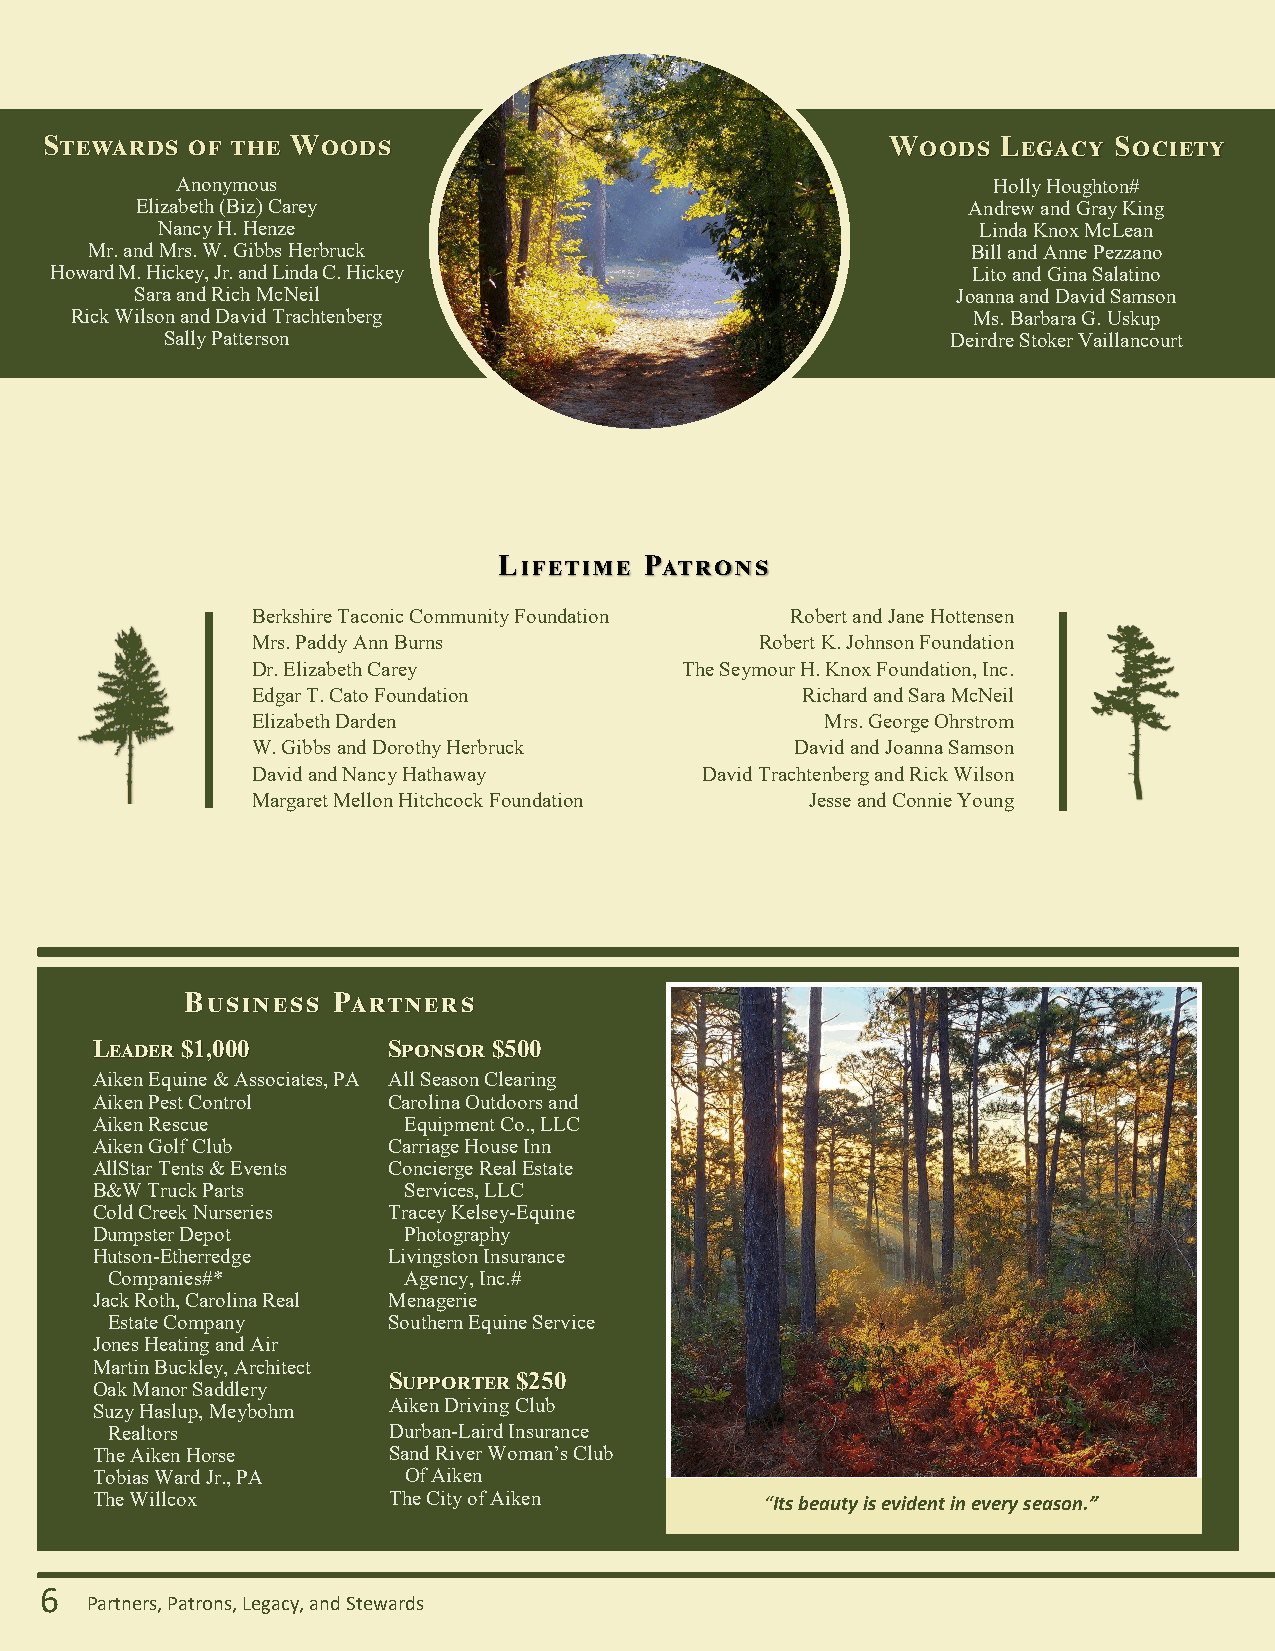
Stewards of the Woods                                   Woods  Legacy  Society
 Anonymous                                             Holly Houghton#
 Elizabeth (Biz) Carey                                  Andrew and Gray King
 Nancy H. Henze                                         Linda Knox McLean
 Mr. and Mrs. W. Gibbs Herbruck                            Bill and Anne Pezzano
 Howard M. Hickey, Jr. and Linda C. Hickey                    Lito and Gina Salatino
 Sara and Rich McNeil                                  Joanna and David Samson
 Rick Wilson and David Trachtenberg                         Ms. Barbara G. Uskup
 Sally Patterson                                     Deirdre Stoker Vaillancourt
 Lifetime  Patrons
 Berkshire Taconic Community Foundation Robert and Jane Hottensen
 Mrs. Paddy Ann Burns             Robert K. Johnson Foundation
 Dr. Elizabeth Carey         The Seymour H. Knox Foundation, Inc.
 Edgar T. Cato Foundation            Richard and Sara McNeil
 Elizabeth Darden                      Mrs. George Ohrstrom
 W. Gibbs and Dorothy Herbruck       David and Joanna Samson
 David and Nancy Hathaway     David Trachtenberg and Rick Wilson
 Margaret Mellon Hitchcock Foundation Jesse and Connie Young
 Business  Partners
 Leader $1,000       Sponsor $500
 Aiken Equine & Associates, PA All Season Clearing
 Aiken Pest Control  Carolina Outdoors and
 Aiken Rescue         Equipment Co., LLC
 Aiken Golf Club     Carriage House Inn
 AllStar Tents & Events Concierge Real Estate
 B&W Truck Parts      Services, LLC
 Cold Creek Nurseries Tracey Kelsey-Equine
 Dumpster Depot       Photography
 Hutson-Etherredge   Livingston Insurance
 Companies#*         Agency, Inc.#
 Jack Roth, Carolina Real Menagerie
 Estate Company     Southern Equine Service
 Jones Heating and Air
 Martin Buckley, Architect
 Supporter $250
 Oak Manor Saddlery
 Suzy Haslup, Meybohm Aiken Driving Club
 Realtors           Durban-Laird Insurance
 The Aiken Horse     Sand River Woman’s Club
 Tobias Ward Jr., PA  Of Aiken
 The Willcox         The City of Aiken        “Its beauty is evident in every season.”
 6
 Partners, Patrons, Legacy, and Stewards